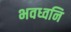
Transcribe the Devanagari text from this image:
भवध्वनि